Report on vaccination in Madras 1922-1929 - 1922-1929
Year: 1922
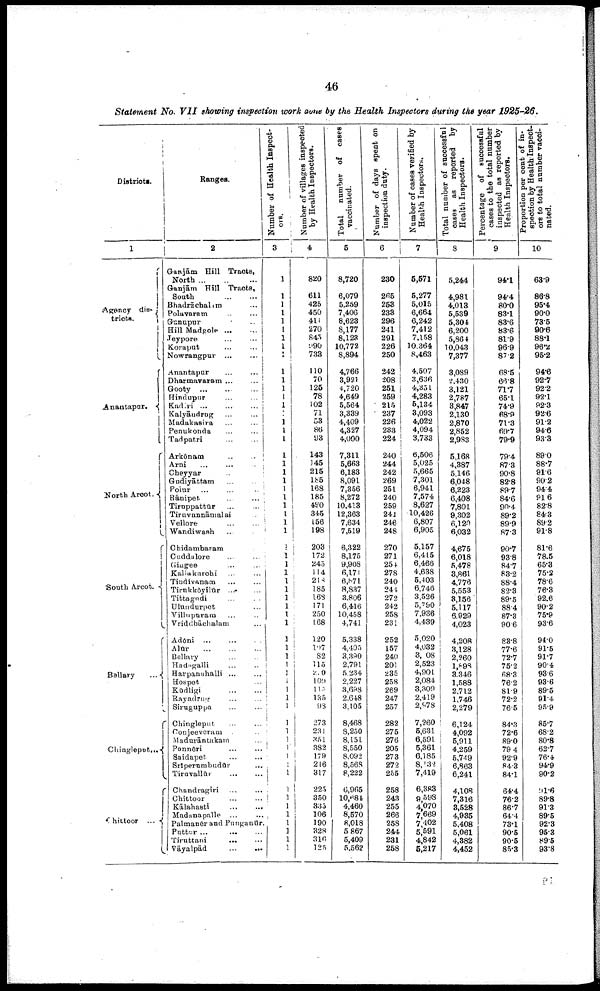
46
Statement No. VII showing inspection work done by the Health Inspectors during the year 1925-26.
Districts.
1
Agency dis¬
tricts.
Anantapur.
North Arcot.
South Arcot.
Bellary
...
Chingleput ...
Chittoor ...
Ranges.
2
Ganjām Hill Tracts,
North
...
...
...
Ganjām Hill Tracts,
South ... ...
Bhadrāchalim ...
Polavaram ... ...
Gunupur
...
Hill Madgole ... ...
Jeypore ... ...
Koraput
... ...
Nowrangpur
...
...
Anantapur
...
...
Dharmavaram
...
...
Gooty
...
...
...
Hindupur
...
...
Kadiri
...
...
...
Kalyāudrug
...
...
Madakasira
...
...
Penukonda ... ...
Tadpatri ... ...
Arkōnam
...
...
Arni
...
...
...
Cheyyar ... ...
Gudiyāttam ... ...
Polur
...
...
...
Rānipet
...
...
Tiruppattūr
...
...
Tiruvannāmalai ...
Vellore ... ...
Wandiwash
... ...
Chidambaram ...
Cuddalore ... ...
Gingee ... ...
Kallakurchi ... ...
Tindivanam ... ...
Tirukkōyilūr ... ...
Tittagudi ... ...
Ulundurpet ... ...
Villupuram ... ...
Vriddhāchalam ...
Adōni
...
...
...
Alūr
...
...
...
Bellary ... ...
Hadagalli ... ...
Harpanahalli ... ...
Hospet ...
Kūdligi
...
...
Rayadrug ... ...
Siruguppa ... ...
Chingleput ... ...
Conjeeveram ... ...
Madurāntakam ...
Ponnēri ... ...
Saidapet
...
...
Srīperumbudūr ...
Tiruvallūr ... ...
Chandragiri ... ...
Chittoor ... ...
Kālahasti ... ...
Madanapalle ... ...
Palmanēr and Pungantūr.
Puttur ...
...
...
Tiruttani ... ...
Vāyalpād
...
...
Number of Health Inspect
ors.
3
1
1
1
1
1
1
1
1
1
1
1
1
1
1
1
1
1
1
1
1
1
1
1
1
1
1
1
1
1
1
1
1
1
1
1
1
1
1
1
1
1
1 1
1
1
1
1
1
1
1
1
1
1
1
1
1
1
1
1
1
1
1
Number of villages inspected
by Health Inspectors.
4
820
611
425
450
411
270
843
990
733
110
70
125
78
102
71
58
86
93
143
145
215
185
168
185
490
345
156
198
203
172
245
114
218
185
168
171
250
168
120
l07
82
115
210
109
115
135
98
273
231
351
382
179
216
317
225
350
335
106
190
328
316
125
Total
number of cases
vaccinated.
5
8,720
6,079
5,259
7,406
8,623
8,177
8,123
10,772
8,894
4,766
3,921
4,720
4,649
5,564
3,339
4,409
4,327
4,000
7,311
5,663
6,183
8,091
7,356
8,272
10,413
12,363
7,634
7,519
6,322
8,175
9,908
6,171
6,871
8,837
3,806
6,416
10,458
4,741
5,338
4,405
3,390
2,791
5,234
2,227
3,698
2,648
3,105
8,468
8,250
8,151
8,550
8,092
8,568
8,222
6,965
10,684
4,460
8,570
8,018
5,867
5,409
5,562
Number of days spent on
inspection duty.
6
230
265
253
233
296
241
291
226
250
242
208
251
259
215
237
226
233
224
240
244
242
269
251
240
259
241
246
248
270
271
254
278
240
244
272
242
258
231
252
157
240
201
235
258
269
247
257
282
275
276
205
273
272
255
258
243
255
266
258
244
231
258
Number of oases verified by
Health Inspectors.
7
5,571
5,277
5,015
6,664
6,242
7,412
7,158
10,364
8,463
4,507
3,636
4,351
4,283
5,134
3,093
4,022
4,094
3,733
6,506
5,025
5,665
7,301
6,941
7,574
8,627
10,426
6,807
6,905
5,157
6,415
6,466
4,638
5,403
6,746
3,526
5,790
7,936
4,439
5,020
4,032
3,108
2,523
4,901
2,084
3,309
2,419
2,978
7,260
5,631
6,591
5,361
6,185
8,132
7,419
6,383
9,598
4,070
7,669
7,402
5,591
4,842
5,217
Total number of successful
cases
as
reported by
Health Inspectors.
8
5,244
4,981
4,013
5,539
5,304
6,200
5,864
10,043
7,377
3,089
2,430
3,121
2,787
3,847
2,130
2,870
2,852
2,983
5,168
4,387
5,146
6,048
6,223
6,408
7,801
9,302
6,120
6,032
4,675
6,018
5,478
3,861
4,776
5,553
3,156
5,117
6,929
4,023
4,208
3,128
2,260
1,898
3,346
1,588
2,712
1,746
2,279
6,124
4,092
5,911
4,259
5,749
6,863
6,241
4,108
7,316
3,528
4,935
5,408
5,061
4,382
4,452
Percentage of successful
cases to the total number
inspected as reported by
Health Inspectors.
9
94.1
94.4
80.0
83.1
83.6
83.6
81.9
96.9
87.2
68.5
66.8
71.7
65.1
74.9
68.9
71.3
69.7
79.9
79.4
87.3
90.8
82.8
89.7
84.6
90.4
89.2
89.9
87.3
90.7
93.8
84.7
83.2
88.4
82.3
89.5
88.4
87.3
90.6
83.8
77.6
72.7
75.2
68.3
76.2
81.9
72.2
76.5
84.3
72.6
89.0
79.4
92.9
84.3
84.1
64.4
76.2
86.7
64.4
73.1
90.8
90.5
85.3
Proportion per cent of in¬
spection by Health-Inspect¬
ors to total number vacci-
nated.
10
63.9
86.8
95.4
90.0
73.5
90.6
88.1
96.2
95.2
94.6
92.7
92.2
92.1
92.3
92.6
91.2
94.6
93.3
89.0
88.7
91.6
90.2
94.4
91.6
82.8
84.3
89.2
91.8
81.6
78.5
65.3
75.2
78.6
76.3
92.6
90.2
75.9
93.6
94.0
91.5
91.7
90.4
93.6
93.6
89.5
91.4
95.9
85.7
68.2
80.8
62.7
76.4
94.9
90.2
91.6
89.8
91.3
89.5
92.3
95.3
89.5
93.8